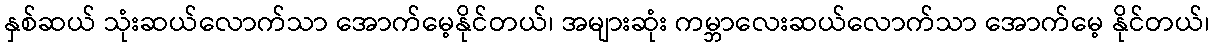
နှစ်ဆယ် သုံးဆယ်လောက်သာ အောက်မေ့နိုင်တယ်၊ အများဆုံး ကမ္ဘာလေးဆယ်လောက်သာ အောက်မေ့ နိုင်တယ်၊